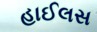
હાઈલસ